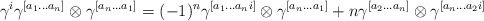
\begin{align*}\gamma^i\gamma^{[a_1...a_n]}\otimes \gamma^{[a_n...a_1]}= (-1)^n\gamma^{[a_1...a_ni]}\otimes \gamma^{[a_n...a_1]}+n\gamma^{[a_2...a_n]}\otimes \gamma^{[a_n...a_2i]}\end{align*}